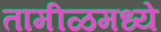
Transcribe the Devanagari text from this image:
तामीळमध्ये